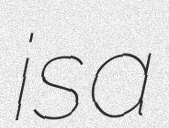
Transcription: is a